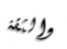
والثقة